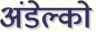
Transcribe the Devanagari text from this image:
अंडेल्को